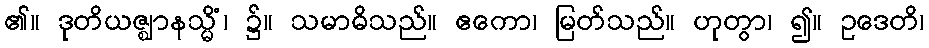
၏။ ဒုတိယဇ္ဈာနသ္မိံ၊ ၌။ သမာဓိသည်။ ဧကော၊ မြတ်သည်။ ဟုတွာ၊ ၍။ ဥဒေတိ၊